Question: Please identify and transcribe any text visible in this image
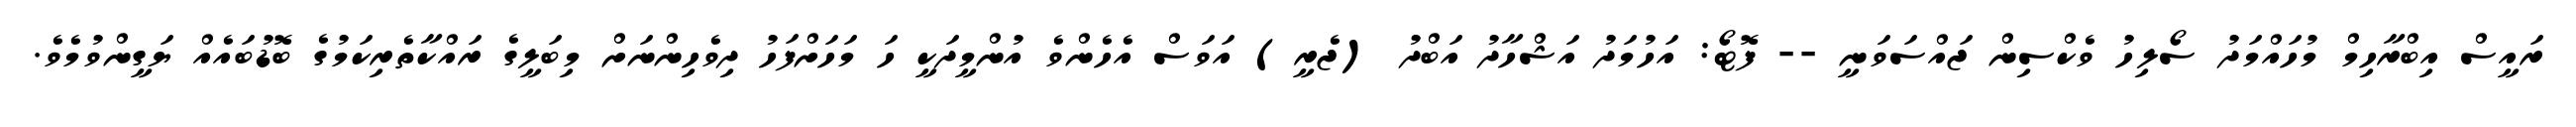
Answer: ރައީސް އިބްރާހިމް މުހައްމަދު ސޯލިހު ވެކްސިން ޖައްސަވަނީ -- ފޮޓޯ: އަހުމަދު އަޝްހާދު އަބްދު (ޖެރީ) އަވަސް އެހެންވެ އުންމީދަކީ ހަ މަހަށްފަހު ދިވެހިންނަށް މިބަލީގެ ރައްކާތެރިކަމުގެ ބޮޑުބައެއް ޔަގީންވުމެވެ.